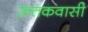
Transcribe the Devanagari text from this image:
ऊतकवासी